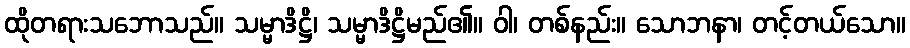
ထိုတရားသဘောသည်။ သမ္မာဒိဋ္ဌိ၊ သမ္မာဒိဋ္ဌိမည်၏။ ဝါ၊ တစ်နည်း။ သောဘနာ၊ တင့်တယ်သော။